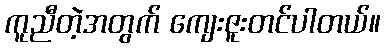
ကူညီတဲ့အတွက် ကျေးဇူးတင်ပါတယ်။